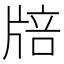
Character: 𤗏